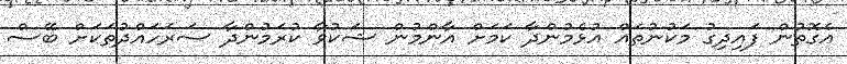
އެގޮތުން ފައިދިގު މަކުނުތައް އުޅެމުންދާ ކަމަށް އާންމުން ޝަކުވާ ކުރަމުންދާ ސަރަހައްދުތަކަށް ބޭސް